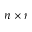
n \times r